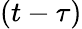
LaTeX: (t-\tau)